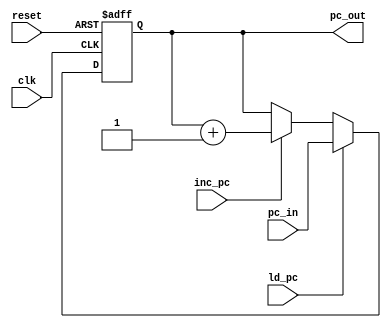
module pc_logic(
	input reset,
	input clk,
	input ld_pc,
	input inc_pc,
	input [4:0] pc_in,
	output reg [4:0] pc_out
    );
always@(posedge reset or posedge clk)begin
	if(reset)
		pc_out <= 5'b0;
	else
		if(ld_pc)
			pc_out <= pc_in;
		else if(inc_pc)
			pc_out <= pc_out+1;
end

endmodule